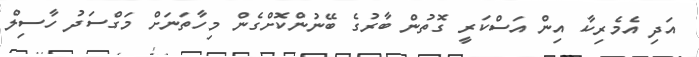
އަދި އެމެރިކާ އިން އަސްކަރީ ގޮތުން ބާރުގެ ބޭނުންކޮށްގެން މިހާތަނަށް މަގްސަދު ހާސިލް